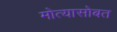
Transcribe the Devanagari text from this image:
मोत्यासोबत